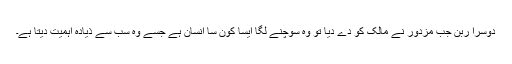
دوسرا ربن جب مزدور نے مالک کو دے دیا تو وہ سوچنے لگا ایسا کون سا انسان ہے جسے وہ سب سے ذیادہ اہمیت دیتا ہے۔